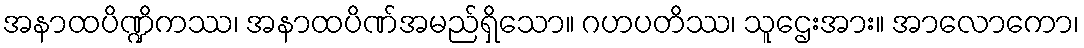
အနာထပိဏ္ဍိကဿ၊ အနာထပိဏ်အမည်ရှိသော။ ဂဟပတိဿ၊ သူဌေးအား။ အာလောကော၊